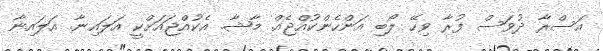
އަސްރާ ދުވަސް ފުރާ ވިހޭ ލޯބި އަންހެންކުއްޖެއް. މާޝާ. އެކުއްޖައަށްކީ އަލައިނާ. އަލައިނާ